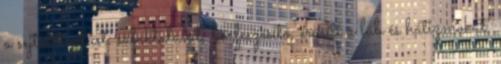
a sejtaktiválást, salaktalanít, bőrfeszesítő, erősíti a láb és hátizmokat.